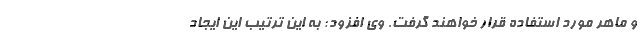
و ماهر مورد استفاده قرار خواهند گرفت. وی افزود: به این ترتیب این ایجاد